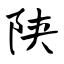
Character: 陕